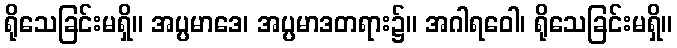
ရိုသေခြင်းမရှိ။ အပ္ပမာဒေ၊ အပ္ပမာဒတရား၌။ အဂါရဝေါ၊ ရိုသေခြင်းမရှိ။